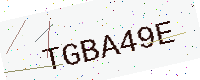
Text: TGBA49E